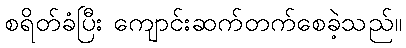
စရိတ်ခံပြီး ကျောင်းဆက်တက်စေခဲ့သည်။